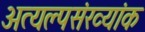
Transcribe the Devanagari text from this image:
अत्यल्पसंख्यांक